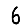
Digit: 6